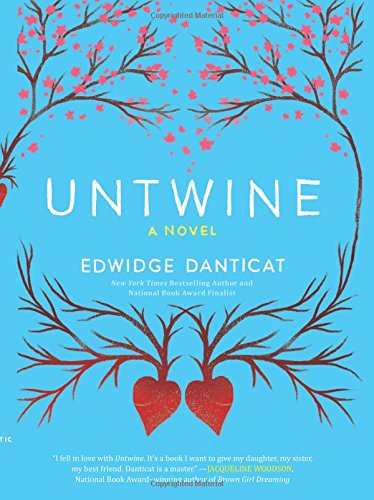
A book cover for Untwine; Edwidge Danticat; Children's Books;